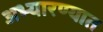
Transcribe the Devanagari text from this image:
अभ्यारण्यात